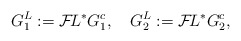
\begin{align*}G_1^L := {\cal F}\!L^* G^c_1, \quad G_2^L := {\cal F}\!L^* G^c_2, \end{align*}